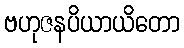
ဗဟုဇနပိယာယိတော